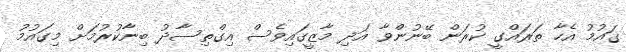
ގައުމު އެހާ ތަރައްގީ ކުރަން ބޭނުންވާ އަދި މާޒީގައިވެސް އިގްތިސާދު ބިނާކުރުމަށް މިގައުމު